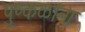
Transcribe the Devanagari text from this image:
पुष्‍कळांना